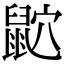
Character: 𪕏